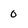
Character: o